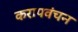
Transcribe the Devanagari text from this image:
करापवंचन